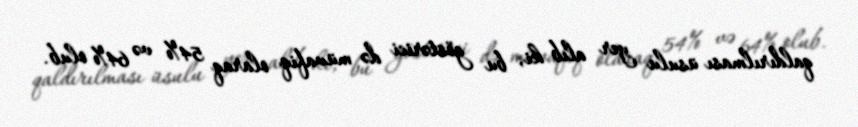
qaldırılması üsulu yer alıb ki, bu göstərici də müvafiq olaraq 54% və 64% olub.